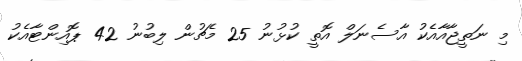
މި ނަތީޖާއާއެކު އާސެނަލް އޮތީ ކުޅުނު 25 މެޗުން ލިބުނު 42 ޕޮއިންޓާއެކު